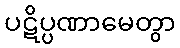
ပဋိပ္ပဏာမေတွာ